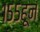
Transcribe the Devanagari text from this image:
१५५हून